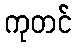
ကုတင်